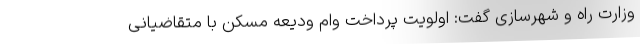
وزارت راه و شهرسازی گفت: اولویت پرداخت وام ودیعه مسکن با متقاضیانی